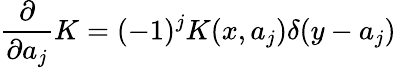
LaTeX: {\frac{\partial}{\partial a_{j}}}K=(-1)^{j}K(x,a_{j})\delta(y-a_{j})